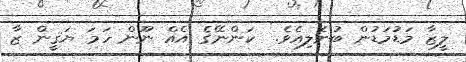
ލީޒާ މަޑުމަޑުން ބުނެލިއެވެ.  ކަންނޭގެ އެއް ނޫން ހަމަ ޔަޤީން ޒާ